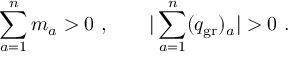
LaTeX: \sum _ { a = 1 } ^ { n } m _ { a } > 0 \ , \qquad | \sum _ { a = 1 } ^ { n } ( q _ { \mathrm { g r } } ) _ { a } | > 0 \ .